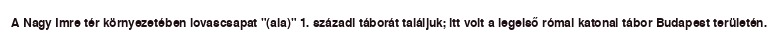
A Nagy Imre tér környezetében lovascsapat "(ala)" 1. századi táborát találjuk; itt volt a legelső római katonai tábor Budapest területén.